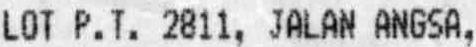
LOT P.T. 2811, JALAN ANGSA,